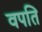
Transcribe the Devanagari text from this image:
वपति